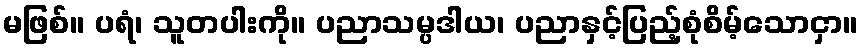
မဖြစ်။ ပရံ၊ သူတပါးကို။ ပညာသမ္ပဒါယ၊ ပညာနှင့်ပြည့်စုံစိမ့်သောငှာ။